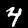
Digit: 4